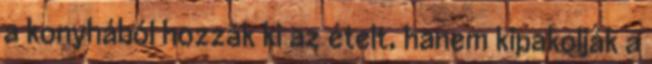
a konyhából hozzák ki az ételt, hanem kipakolják a